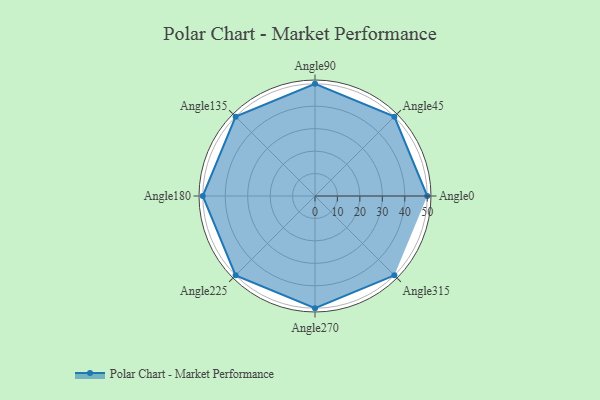
{"axis": {"x": "Angle", "y": "Radius"}, "legend": [""], "data": [{"x": "Angle0", "y": 50, "type": ""}, {"x": "Angle45", "y": 50, "type": ""}, {"x": "Angle90", "y": 50, "type": ""}, {"x": "Angle135", "y": 50, "type": ""}, {"x": "Angle180", "y": 50, "type": ""}, {"x": "Angle225", "y": 50, "type": ""}, {"x": "Angle270", "y": 50, "type": ""}, {"x": "Angle315", "y": 50, "type": ""}]}